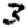
Digit: 3